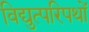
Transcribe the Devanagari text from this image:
विद्युत्परिपथों